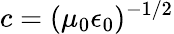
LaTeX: c=(\mu_{0}\epsilon_{0})^{-1/2}